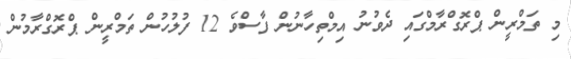
މި ތަމްރީން ޕްރޮގްރާމްގައި ދެވުނު އިމްތިހާނުން ފާސްވެ 12 ފުލުހުން ތަމްރީން ޕްރޮގްރާމުން